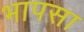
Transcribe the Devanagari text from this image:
भापसा